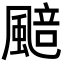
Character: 䬏